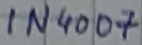
Text: IN4007